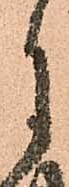
月